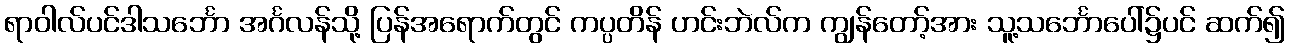
ရာဝါလ်ပင်ဒါသင်္ဘော အင်္ဂလန်သို့ ပြန်အရောက်တွင် ကပ္ပတိန် ဟင်းဘဲလ်က ကျွန်တော့်အား သူ့သင်္ဘောပေါ်၌ပင် ဆက်၍